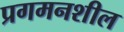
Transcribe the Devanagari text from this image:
प्रगमनशील